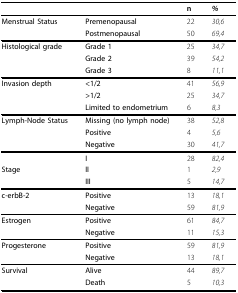
<table><thead><tr><td></td><td></td><td><b>n</b></td><td><b><i>%</i></b></td></tr></thead><tbody><tr><td><b>Menstrual Status</b></td><td><b>Premenopausal</b></td><td>22</td><td><i>30,6</i></td></tr><tr><td></td><td><b>Postmenopausal</b></td><td>50</td><td><i>69,4</i></td></tr><tr><td><b>Histological grade</b></td><td><b>Grade 1</b></td><td>25</td><td><i>34,7</i></td></tr><tr><td></td><td><b>Grade 2</b></td><td>39</td><td><i>54,2</i></td></tr><tr><td></td><td><b>Grade 3</b></td><td>8</td><td><i>11,1</i></td></tr><tr><td><b>Invasion depth</b></td><td><b>&lt;1/2</b></td><td>41</td><td><i>56,9</i></td></tr><tr><td></td><td><b>&gt;1/2</b></td><td>25</td><td><i>34,7</i></td></tr><tr><td></td><td><b>Limited to endometrium</b></td><td>6</td><td><i>8,3</i></td></tr><tr><td><b>Lymph-Node Status</b></td><td><b>Missing (no lymph node)</b></td><td>38</td><td><i>52,8</i></td></tr><tr><td></td><td><b>Positive</b></td><td>4</td><td><i>5,6</i></td></tr><tr><td></td><td><b>Negative</b></td><td>30</td><td><i>41,7</i></td></tr><tr><td></td><td><b>I</b></td><td>28</td><td><i>82,4</i></td></tr><tr><td><b>Stage</b></td><td><b>II</b></td><td>1</td><td><i>2,9</i></td></tr><tr><td></td><td><b>III</b></td><td>5</td><td><i>14,7</i></td></tr><tr><td><b>c-erbB-2</b></td><td><b>Positive</b></td><td>13</td><td><i>18,1</i></td></tr><tr><td></td><td><b>Negative</b></td><td>59</td><td><i>81,9</i></td></tr><tr><td><b>Estrogen</b></td><td><b>Positive</b></td><td>61</td><td><i>84,7</i></td></tr><tr><td></td><td><b>Negative</b></td><td>11</td><td><i>15,3</i></td></tr><tr><td><b>Progesterone</b></td><td><b>Positive</b></td><td>59</td><td><i>81,9</i></td></tr><tr><td></td><td><b>Negative</b></td><td>13</td><td><i>18,1</i></td></tr><tr><td><b>Survival</b></td><td><b>Alive</b></td><td>44</td><td><i>89,7</i></td></tr><tr><td></td><td><b>Death</b></td><td>5</td><td><i>10,3</i></td></tr></tbody></table>